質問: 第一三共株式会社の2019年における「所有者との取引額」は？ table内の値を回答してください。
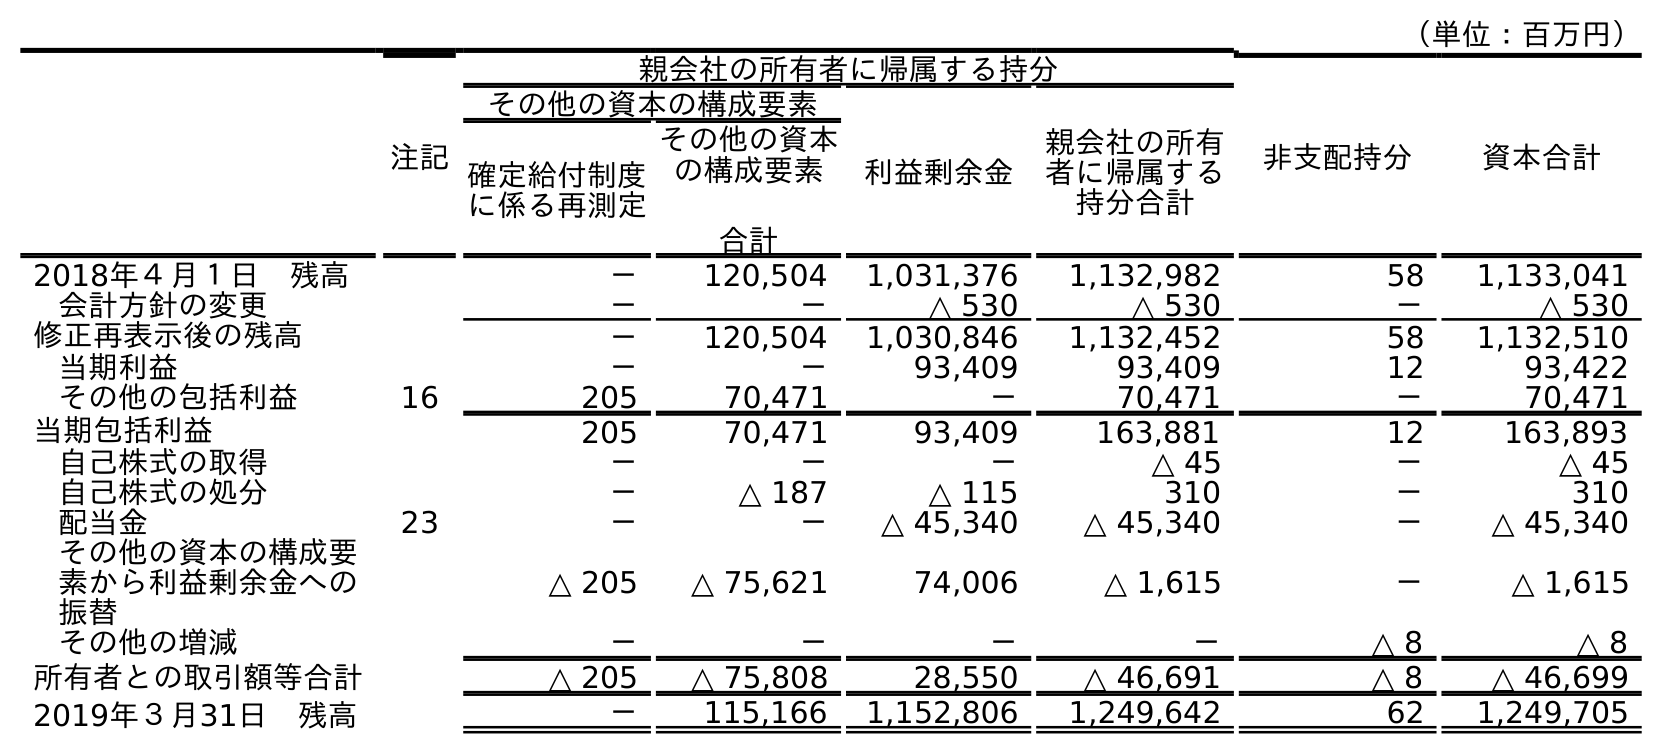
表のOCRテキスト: （単位：百万円） 注記 親会社の所有者に帰属する持分 非支配持分 資本合計 その他の資本の構成要素 利益剰余金 親会社の所有 者に帰属する 持分合計 確定給付制度 に係る再測定 その他の資本 の構成要素 合計 2018年４月１日 残高 － 120,504 1,031,376 1,132,982 58 1,133,041 会計方針の変更 － － △ 530 △ 530 － △ 530 修正再表示後の残高 － 120,504 1,030,846 1,132,452 58 1,132,510 当期利益 － － 93,409 93,409 12 93,422 その他の包括利益 16 205 70,471 － 70,471 － 70,471 当期包括利益 205 70,471 93,409 163,881 12 163,893 自己株式の取得 － － － △ 45 － △ 45 自己株式の処分 － △ 187 △ 115 310 － 310 配当金 23 － － △ 45,340 △ 45,340 － △ 45,340 その他の資本の構成要 素から利益剰余金への 振替 △ 205 △ 75,621 74,006 △ 1,615 － △ 1,615 その他の増減 － － － － △ 8 △ 8 所有者との取引額等合計 △ 205 △ 75,808 28,550 △ 46,691 △ 8 △ 46,699 2019年３月31日 残高 － 115,166 1,152,806 1,249,642 62 1,249,705
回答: △46,699